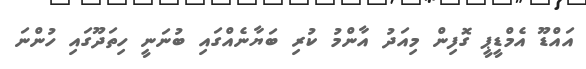
އައްޑޫ އެމްޑީޕީ ގޮފިން މިއަދު އާންމު ކުރި ބަޔާނެއްގައި ބުނަނީ ހިތަދޫގައި ހުންނަ